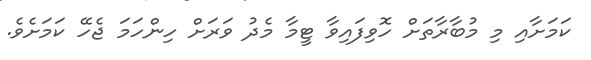
ކަމަށާއި މި މުބާރާތަށް ހޮވިފައިވާ ޓީމާ މެދު ވަރަށް ހިންހަމަ ޖެހޭ ކަމަށެވެ.